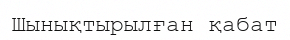
Шынықтырылған қабат